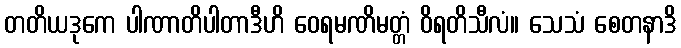
တတိယဒုကေ ပါဏာတိပါတာဒီဟိ ဝေရမဏိမတ္တံ ဝိရတိသီလံ။ သေသံ စေတနာဒိ